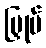
မြှုပ်